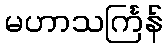
မဟာသင်္ကြန်